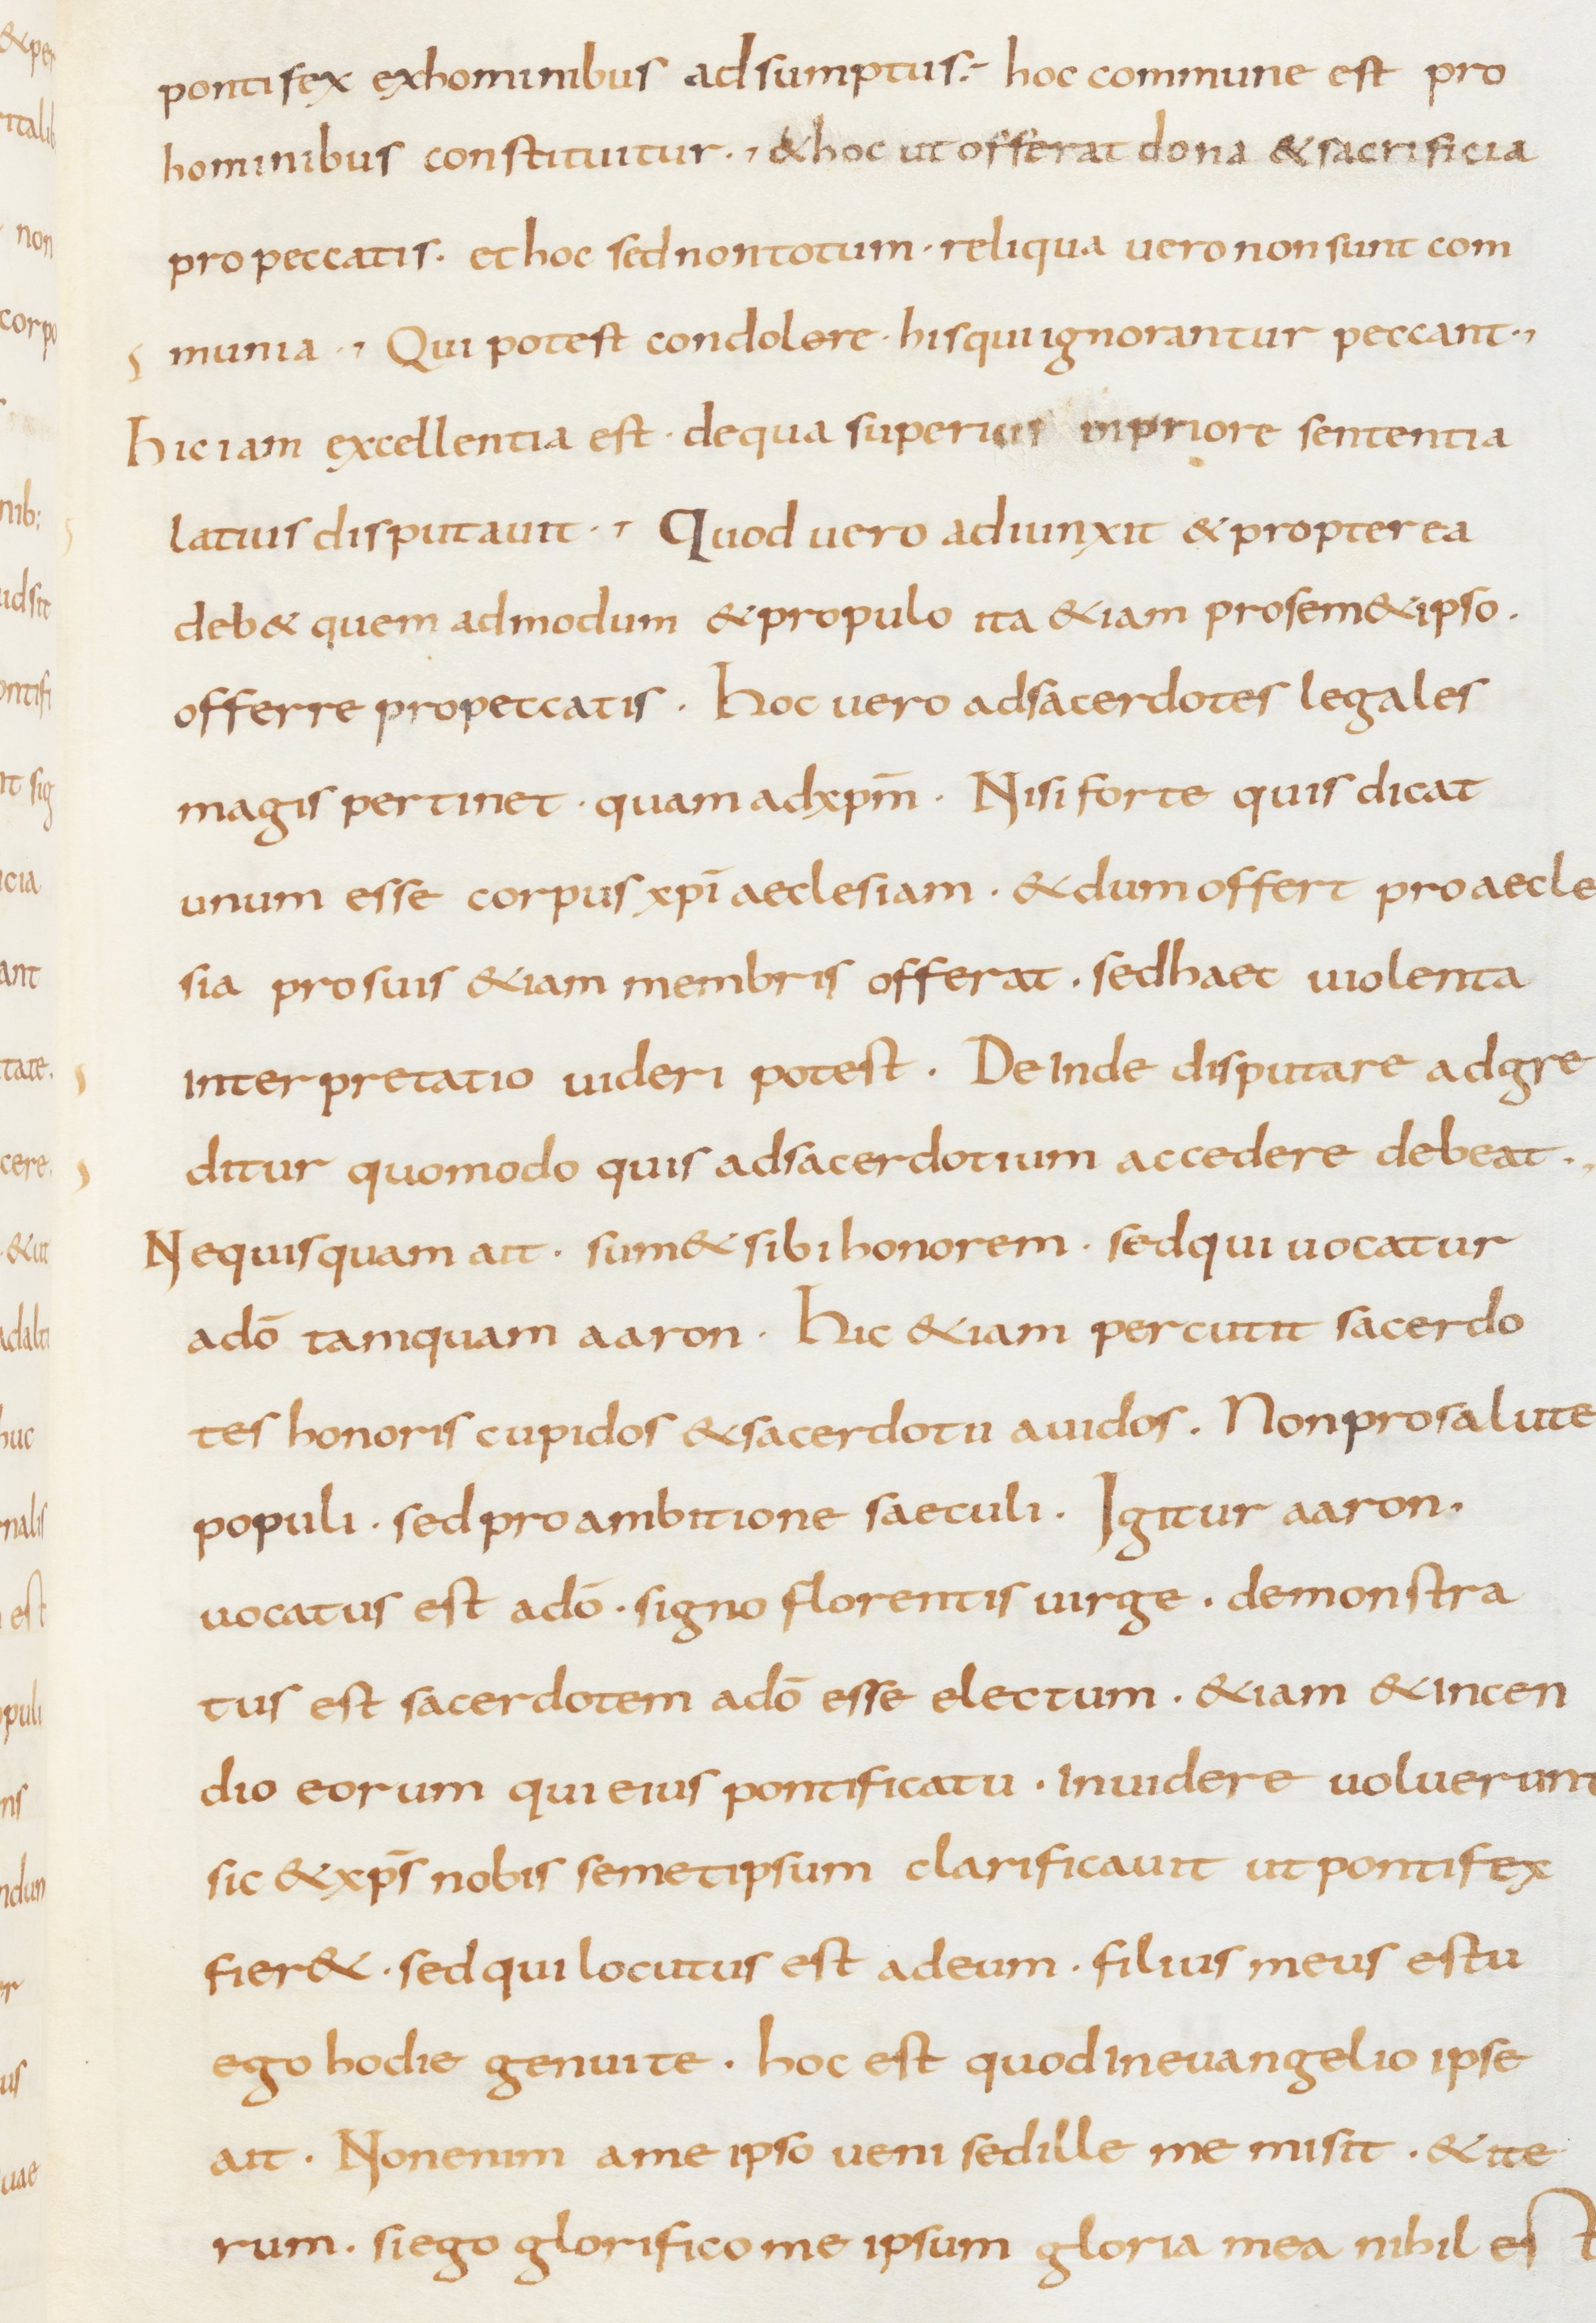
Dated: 800–849